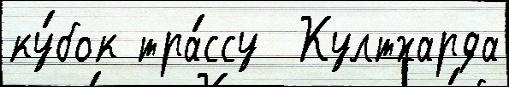
ку́бок тра́ссу  Култхарда